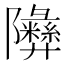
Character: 𬯧